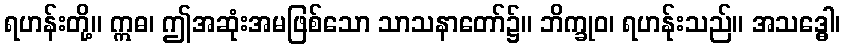
ရဟန်းတို့။ ဣဓ၊ ဤအဆုံးအမဖြစ်သော သာသနာတော်၌။ ဘိက္ခုဝ၊ ရဟန်ုးသည်။ အသဒ္ဓေါ၊